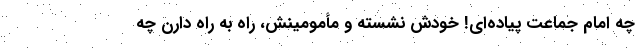
چه امام جماعت پیاده‌ای! خودش نشسته و مأمومینش، راه به راه دارن چه